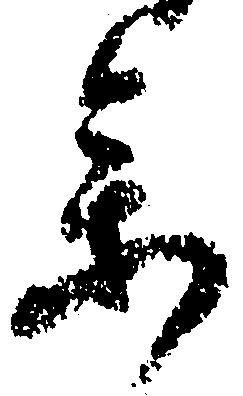
参